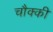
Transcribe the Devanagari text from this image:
चौक्की